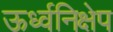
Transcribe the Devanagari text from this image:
ऊर्ध्वनिक्षेप